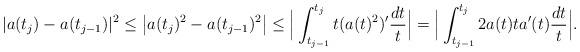
LaTeX: \begin{align*}|a(t_{j})-a(t_{j-1})|^2 \leq \big|a(t_{j})^2-a(t_{j-1})^2\big| \leq \Big| \int_{t_{j-1}}^{t_{j}} t(a(t)^2)' \frac{dt}{t} \Big| =\Big| \int_{t_{j-1}}^{t_{j}} 2a(t)ta'(t) \frac{dt}{t}\Big|.\end{align*}